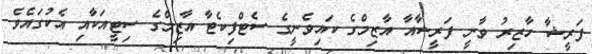
ފަރީޝާ ހާޒިރު ވާނީ ފަރީޝާއާ އާޒިމްގެ ކައިވެނީގެ ސެޓްފިކެޓާ އާޒިމްގެ ސިޓީއަކާއި އެކުގައެވެ.